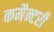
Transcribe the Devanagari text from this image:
कमैन्टरी